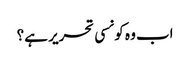
اب وہ کونسی تحریر ہے؟